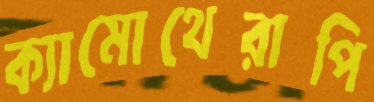
ক্যামোথেরাপি